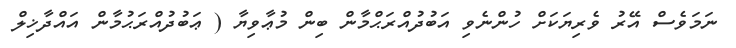
ނަމަވެސް އޭރު ވެރިޔަކަށް ހުންނެވި އަބުދުއްރަޙްމާން ބިން މުޢާވިޔާ ( ޢަބުދުއްރަޙުމާން އައްދާޚިލް